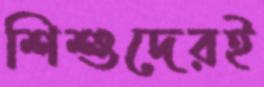
শিশুদেরই